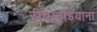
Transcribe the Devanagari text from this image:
रीबाउडियाना